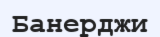
Банерджи